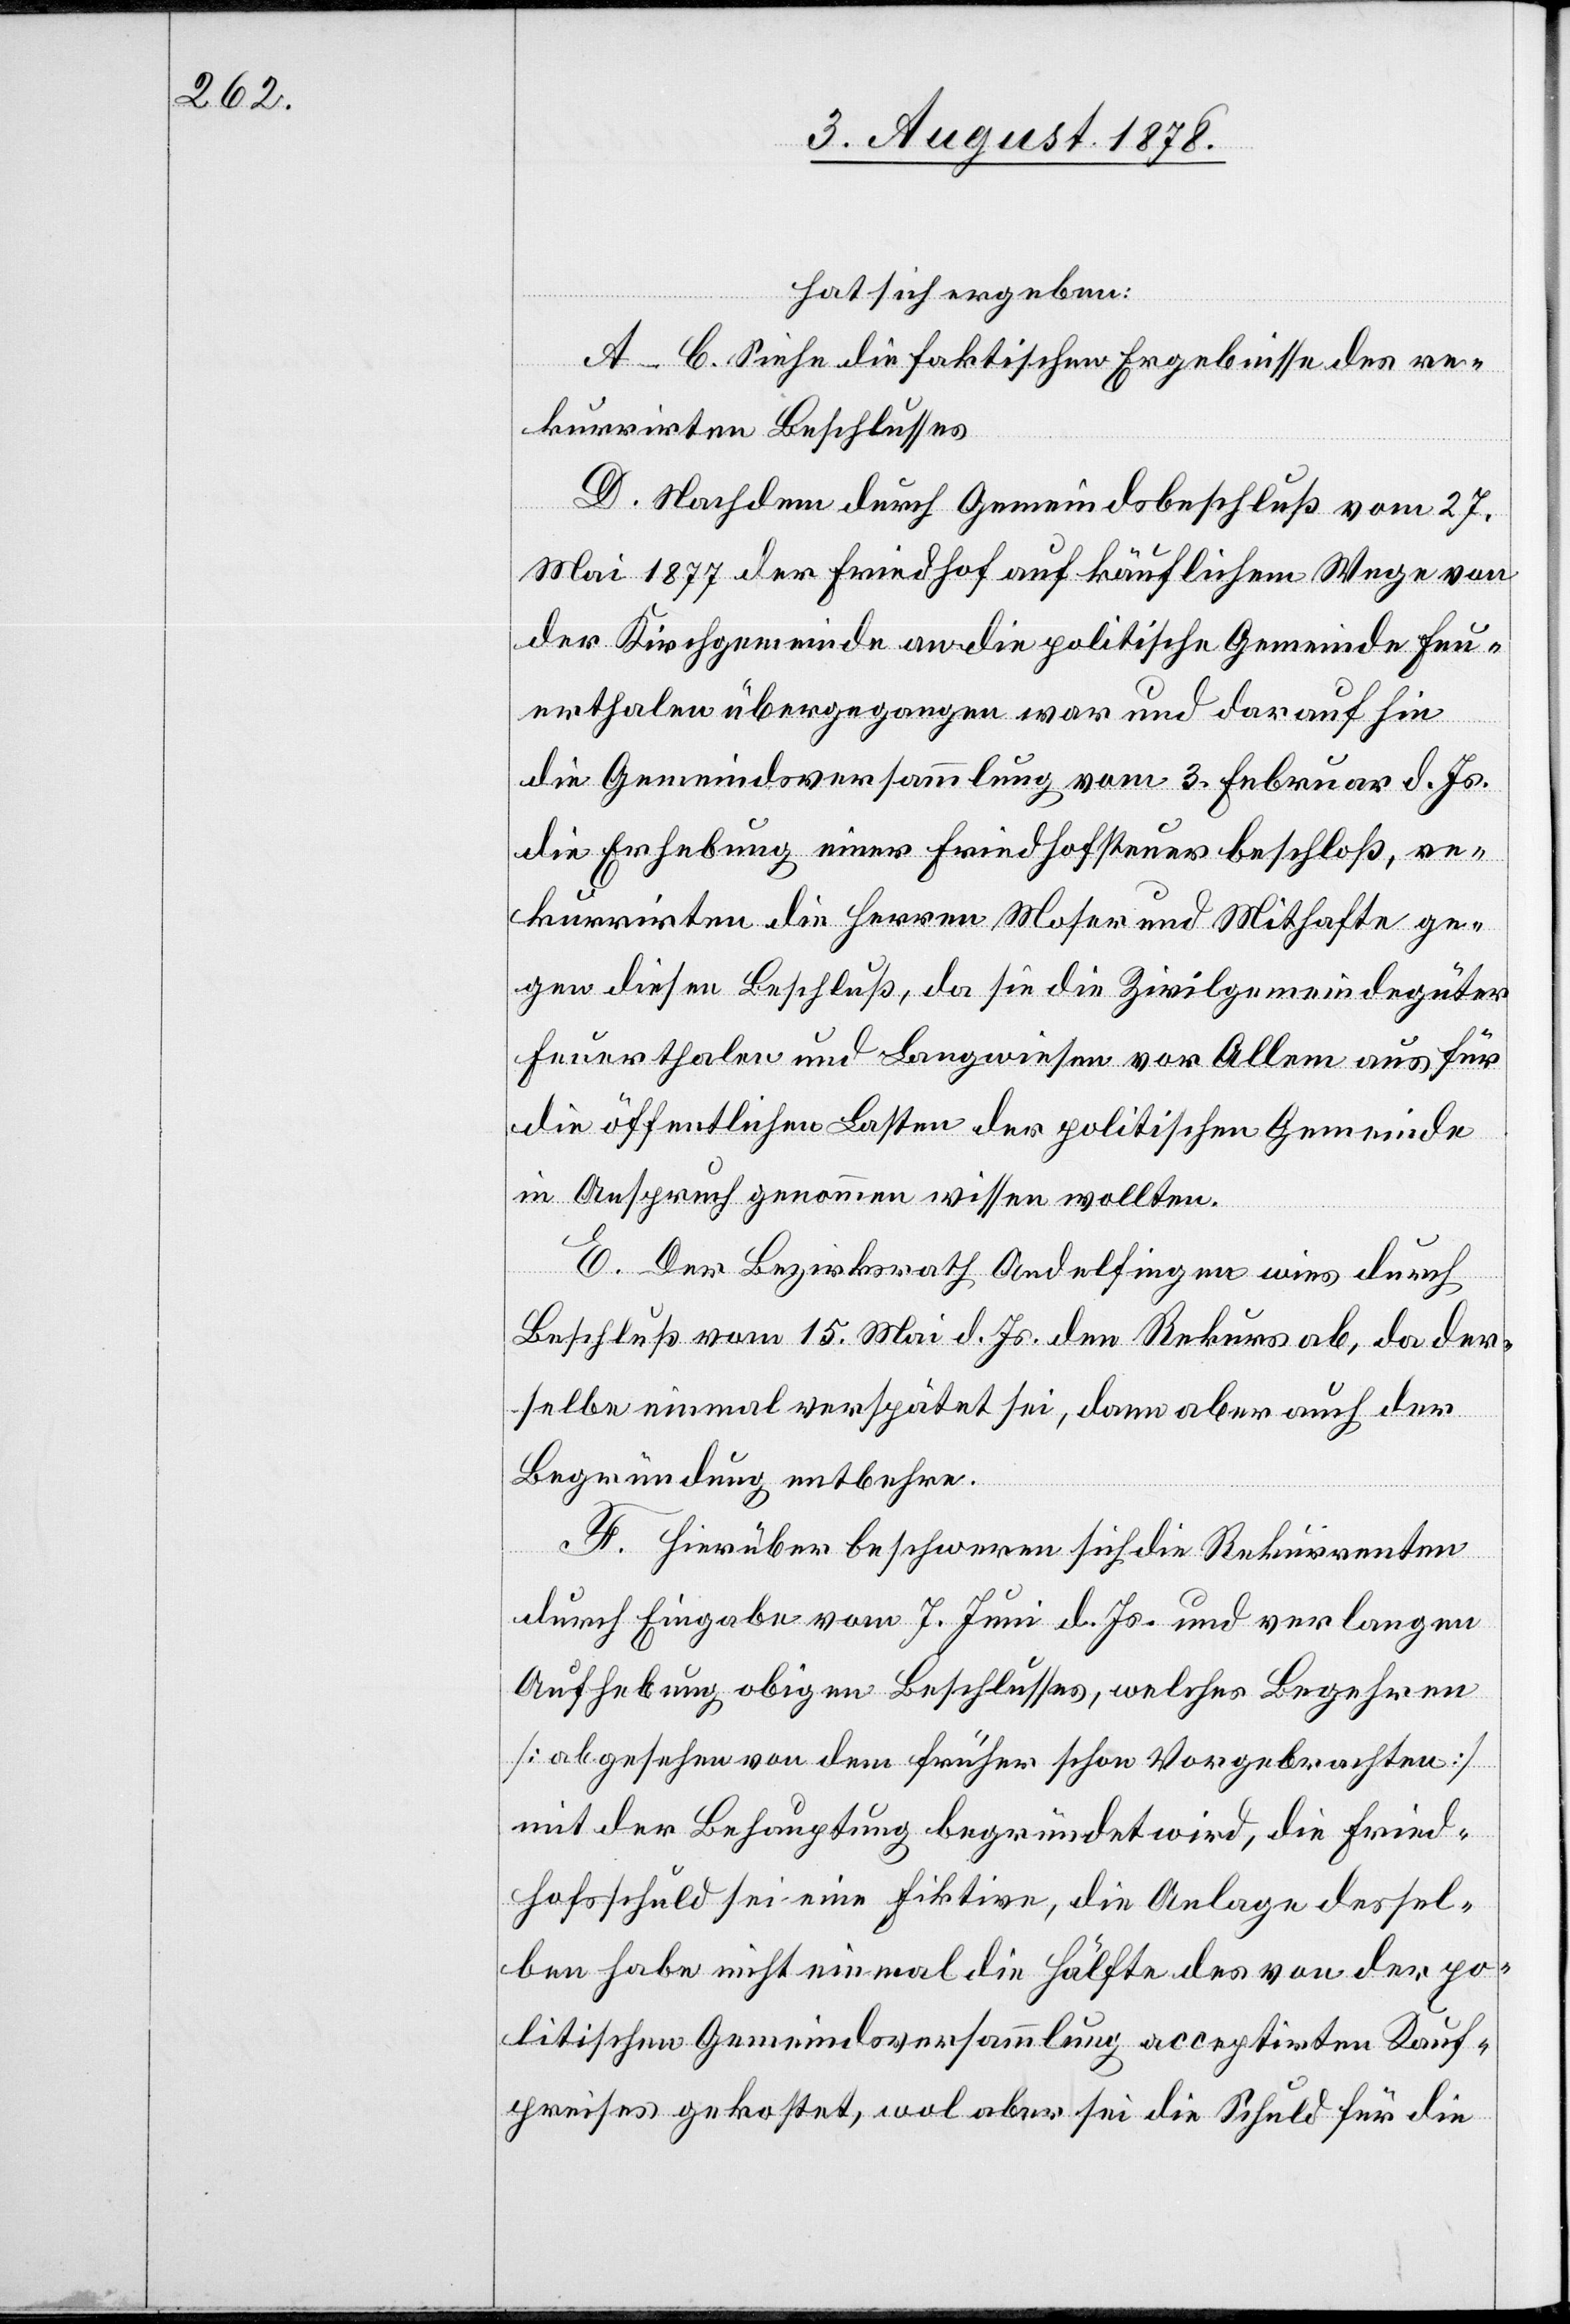
hat sich ergeben:
A–C. Siehe die faktischen Ergebnisse des re¬
kurrirten Beschlusses.
D. Nachdem durch Gemeindsbeschluß vom 27.
Mai 1877 der Friedhof auf käuflichem Wege von
der Kirchgemeinde an die politische Gemeinde Feu¬
erthalen übergegangen war und daraufhin
die Gemeindsversammlung vom 3. Februar d. Js.
die Erhebung einer Friedhofsteuer beschloß, re¬
kurrirten die Herren Moser und Mithafte ge¬
gen diesen Beschluß, da sie die Zivilgemeindegüter
Feuerthalen und Langwiesen vor Allem aus für
die öffentlichen Lasten der politischen Gemeinde
in Anspruch genommen wissen wollten.
E. Der Bezirksrath Andelfingen wies durch
Beschluß vom 15. Mai d. Js. den Rekurs ab, da der¬
selbe einmal verspätet sei, dann aber auch der
Begründung entbehre.
F. Hierüber beschweren sich die Rekurrenten
durch Eingabe vom 7. Juni d. Js. und verlangen
Aufhebung obigen Beschlusses, welches Begehren
[abgesehen von dem früher schon Vorgebrachten]
mit der Behauptung begründet wird, die Fried¬
hofsschuld sei eine Fiktive, die Anlage dessel¬
ben habe nicht einmal die Hälfte des von der po¬
litischen Gemeindsversammlung acceptirten Kauf¬
preises gekostet, wol aber sei die Schuld für die